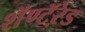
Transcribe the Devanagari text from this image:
शॅण्टॅऱेड